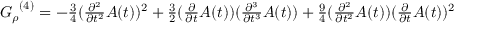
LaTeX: { { \cal { G } } _ { \rho } } ^ { { ( 4 ) } } = - { \textstyle \frac { 3 } { 4 } } ( { \textstyle \frac { \partial ^ { 2 } } { \partial t ^ { 2 } } } { A } ( t ) ) ^ { 2 } + { \textstyle \frac { 3 } { 2 } } ( { \textstyle \frac { \partial } { \partial t } } { A } ( t ) ) ( { \textstyle \frac { \partial ^ { 3 } } { \partial t ^ { 3 } } } { A } ( t ) ) + { \textstyle \frac { 9 } { 4 } } ( { \textstyle \frac { \partial ^ { 2 } } { \partial t ^ { 2 } } } { A } ( t ) ) ( { \textstyle \frac { \partial } { \partial t } } { A } ( t ) ) ^ { 2 }